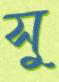
সু